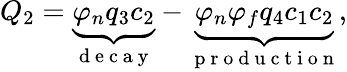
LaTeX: Q_{2}=\underbrace{\varphi_{n}q_{3}c_{2}}_{\mathrm{~d~e~c~a~y~}}-\underbrace{\varphi_{n}\varphi_{f}q_{4}c_{1}c_{2}}_{\mathrm{~p~r~o~d~u~c~t~i~o~n~}},